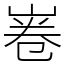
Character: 㟡